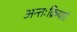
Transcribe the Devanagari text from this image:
अन्तःक्रियाएं